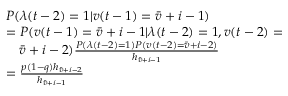
\begin{array} { r l } & { P ( \lambda ( t - 2 ) = 1 | v ( t - 1 ) = \bar { v } + i - 1 ) } \\ & { = P ( v ( t - 1 ) = \bar { v } + i - 1 | \lambda ( t - 2 ) = 1 , v ( t - 2 ) = } \\ & { \quad \bar { v } + i - 2 ) \frac { P ( \lambda ( t - 2 ) = 1 ) P ( v ( t - 2 ) = \bar { v } + i - 2 ) } { { h } _ { \bar { v } + i - 1 } } } \\ & { = \frac { p ( 1 - q ) { h } _ { \bar { v } + i - 2 } } { { h } _ { \bar { v } + i - 1 } } } \end{array}